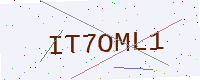
Text: IT7OML1